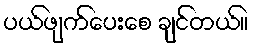
ပယ်ဖျက်ပေးစေ ချင်တယ်။